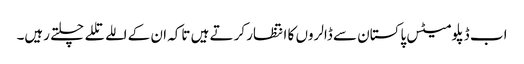
اب ڈپلومیٹس پاکستان سے ڈالروں کا انتظار کرتے ہیں تاکہ ان کے اللے تللے چلتے رہیں۔